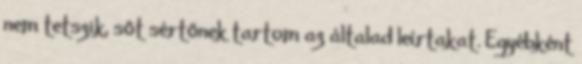
nem tetszik, sőt sértőnek tartom az általad leírtakat. Egyébként